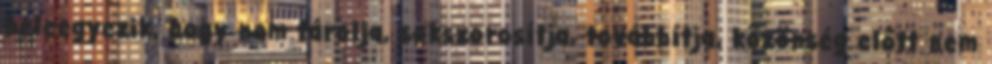
beleegyezik, hogy nem tárolja, sokszorosítja, továbbítja, közönség előtt nem